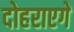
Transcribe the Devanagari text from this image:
दोहराएगें